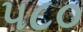
૫૮૦